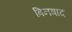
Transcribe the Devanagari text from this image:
बिनबाद